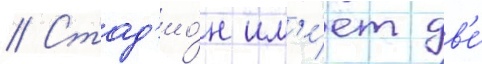
// Стад'ио́н им'е́ет дв'е́